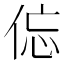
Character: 𱎱